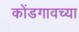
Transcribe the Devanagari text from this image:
कोंडगावच्या